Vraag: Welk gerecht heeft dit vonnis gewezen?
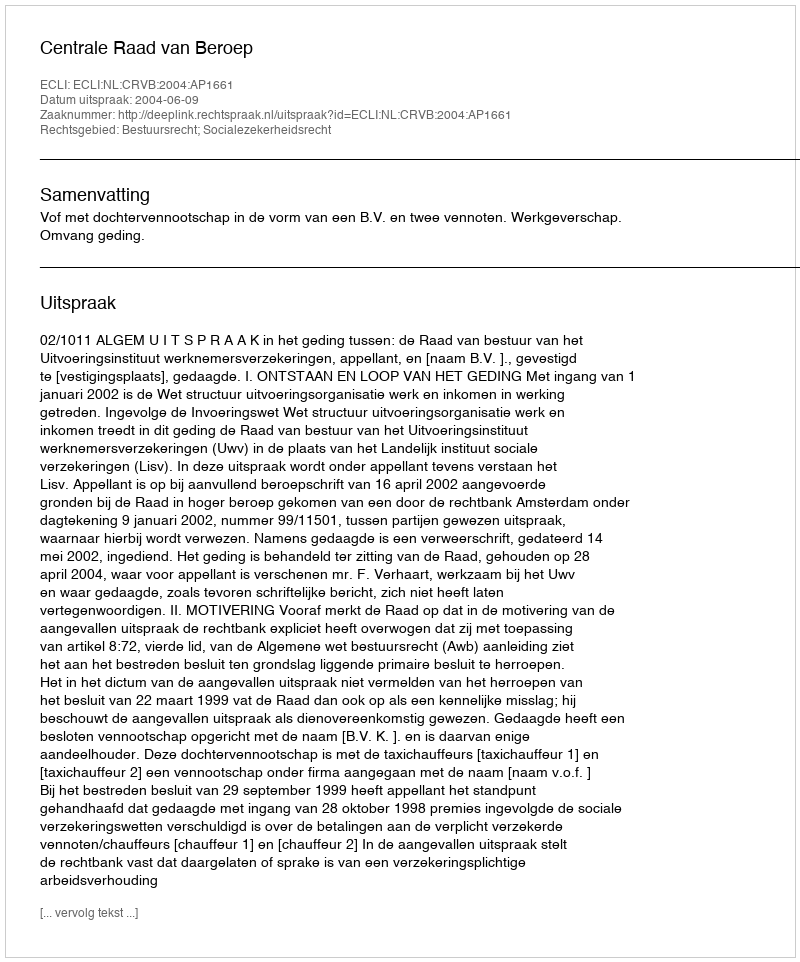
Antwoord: Centrale Raad van Beroep